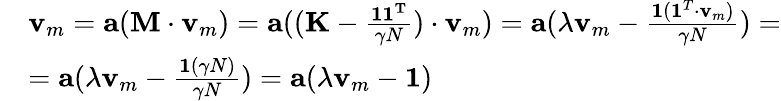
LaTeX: \begin{array}{rl}&{\mathbf{v}_{m}=\mathbf{a}(\mathbf{M}\cdot\mathbf{v}_{m})=\mathbf{a}((\mathbf{K}-\frac{\mathbf{11^{T}}}{\gamma N})\cdot\mathbf{v}_{m})=\mathbf{a}(\lambda\mathbf{v}_{m}-\frac{\mathbf{1}(\mathbf{1}^{T}\cdot\mathbf{v}_{m})}{\gamma N})=}\\ &{=\mathbf{a}(\lambda\mathbf{v}_{m}-\frac{\mathbf{1}(\gamma N)}{\gamma N})=\mathbf{a}(\lambda\mathbf{v}_{m}-\mathbf{1})}\end{array}